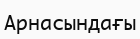
Арнасындағы